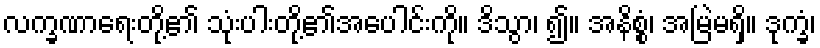
လက္ခဏာရေးတို့၏ သုံးပါးတို့၏အပေါင်းကို။ ဒိသွာ၊ ၍။ အနိစ္စံ၊ အမြဲမရှိ။ ဒုက္ခံ၊